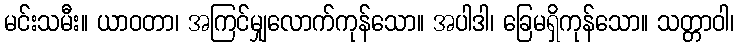
မင်းသမီး။ ယာဝတာ၊ အကြင်မျှလောက်ကုန်သော။ အပါဒါ၊ ခြေမရှိကုန်သော။ သတ္တာဝါ၊